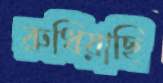
রুধিয়াছি